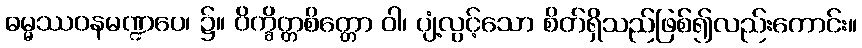
ဓမ္မဿဝနမဏ္ဍပေ၊ ၌။ ဝိက္ခိတ္တစိတ္တော ဝါ၊ ပျံ့လွင့်သော စိတ်ရှိသည်ဖြစ်၍လည်းကောင်း။